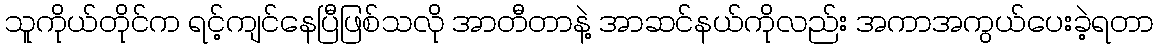
သူကိုယ်တိုင်က ရင့်ကျင်နေပြီဖြစ်သလို အာတီတာနဲ့ အာဆင်နယ်ကိုလည်း အကာအကွယ်ပေးခဲ့ရတာ